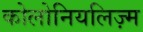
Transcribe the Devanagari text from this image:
कोलोनियलिज़्म